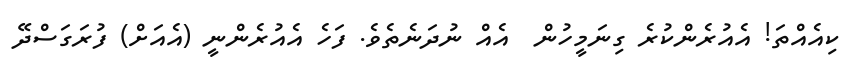
ކިއެއްތަ! އެއުރެންކުރެ ގިނަމީހުން  އެއް ނުދަނެތެވެ. ފަހެ އެއުރެންނީ (އެއަށް) ފުރަގަސްދޭ